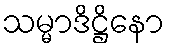
သမ္မာဒိဋ္ဌိနော